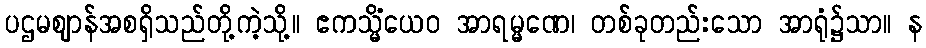
ပဌမဈာန်အစရှိသည်တို့ကဲ့သို့။ ဧကသ္မိံယေဝ အာရမ္မဏေ၊ တစ်ခုတည်းသော အာရုံ၌သာ။ န